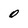
Character: 0